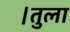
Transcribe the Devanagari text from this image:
।तुला